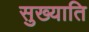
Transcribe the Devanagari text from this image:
सुख्याति